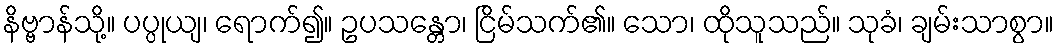
နိဗ္ဗာန်သို့။ ပပ္ပုယျ၊ ရောက်၍။ ဥပသန္တော၊ ငြိမ်သက်၏။ သော၊ ထိုသူသည်။ သုခံ၊ ချမ်းသာစွာ။